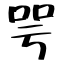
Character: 咢